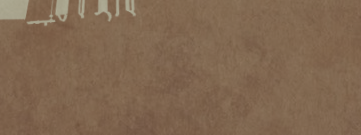
مدرسة السلام الدولية: تعل